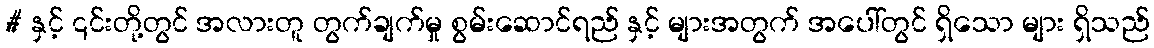
# နှင့် ၎င်းတို့တွင် အလားတူ တွက်ချက်မှု စွမ်းဆောင်ရည် နှင့် များအတွက် အပေါ်တွင် ရှိသော များ ရှိသည်